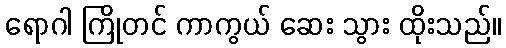
ရောဂါ ကြိုတင် ကာကွယ် ဆေး သွား ထိုးသည်။